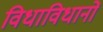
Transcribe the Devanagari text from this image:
विधाविधानों